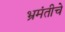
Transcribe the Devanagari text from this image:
भ्रमंतीचे